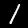
Digit: 1